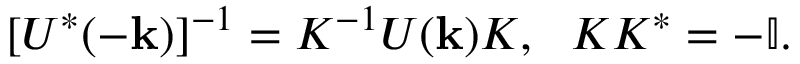
[ U ^ { * } ( - { \bf k } ) ] ^ { - 1 } = K ^ { - 1 } U ( { \bf k } ) K , ~ ~ K K ^ { * } = - \mathbb { I } .